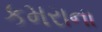
કમરાના